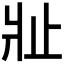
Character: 𱭍